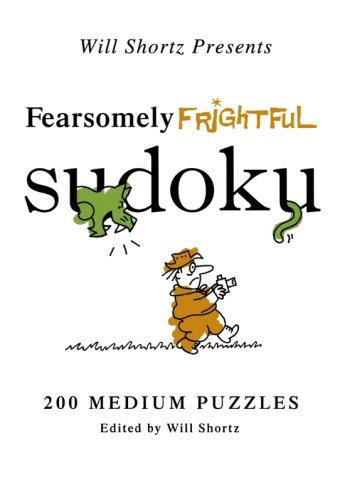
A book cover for Will Shortz Presents Fearsomely Frightful Sudoku: 200 Medium Puzzles; Humor & Entertainment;